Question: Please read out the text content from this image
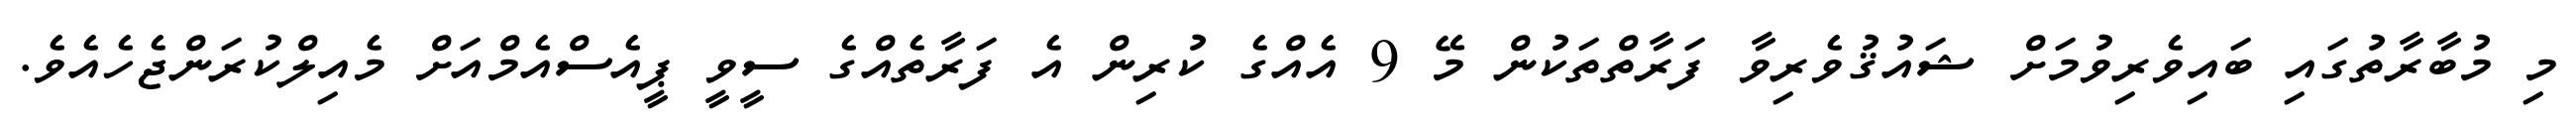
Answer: މި މުބާރާތުގައި ބައިވެރިވުމަށް ޝައުޤުވެރިވާ ފަރާތްތަކުން މޭ 9 އެއްގެ ކުރިން އެ ފަރާތެއްގެ ސީވީ ޕީއެސްއެމްއަށް މެއިލްކުރަންޖެހެއެވެ.